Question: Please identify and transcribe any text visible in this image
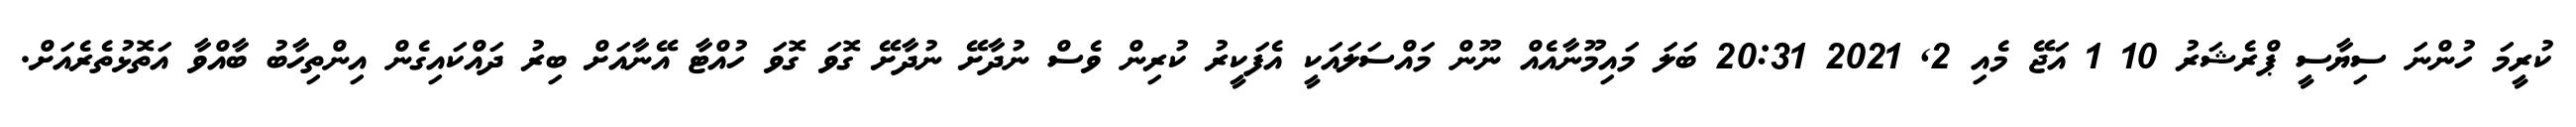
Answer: ކުރީމަ ހުންނަ ސިޔާސީ ޕްރެޝަރު 10 1 އަޖޭ މެއި 2, 2021 20:31 ބަލަ މައިމޫނާއެއް ނޫން މައްސަލައަކީ އެފަކީރު ކުރިން ވެސް ނުދާށޭ ނުދާށޭ ގޮވަ ގޮވަ ހުއްޓާ އޭނާއަށް ބިރު ދައްކައިގެން އިންތިހާބު ބާއްވާ އަތޮޅުތެރެއަށް.